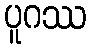
ပူဂဿ